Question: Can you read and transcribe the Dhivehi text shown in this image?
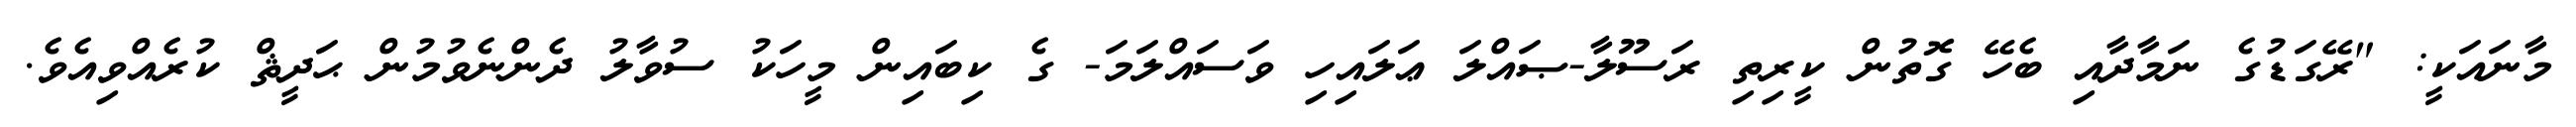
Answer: މާނައަކީ: "ރޭގަޑުގެ ނަމާދާއި ބެހޭ ގޮތުން ކީރިތި ރަސޫލާ-ޞައްލަ ޢަލައިހި ވަސައްލަމަ- ގެ ކިބައިން މީހަކު ސުވާލު ދެންނެވުމުން ޙަދީޘް ކުރެއްވިއެވެ.